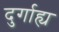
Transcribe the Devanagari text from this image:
दुर्गाह्य